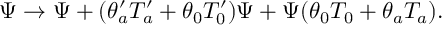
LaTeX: \Psi \rightarrow \Psi + ( \theta _ { a } ^ { \prime } T _ { a } ^ { \prime } + \theta _ { 0 } T _ { 0 } ^ { \prime } ) \Psi + \Psi ( \theta _ { 0 } T _ { 0 } + \theta _ { a } T _ { a } ) .